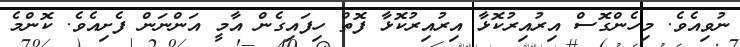
ނުވިއެވެ. މިހެންގޮސް އިރުއިރުކޮޅާ އިރުއިރުކޮޅާ ފޮތް ހިފައިގެން އާމީ އަންނަން ފެށިއެވެ. ކޮންމެ